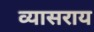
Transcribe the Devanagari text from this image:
व्यासराय